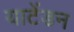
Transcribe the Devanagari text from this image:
याटेंडन